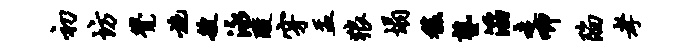
初坊觉施艘泳酸穿盂狼塌馥塾滔走唧陷孝